Document type: Sale
Year: 1274
Scribe: [Unknown]
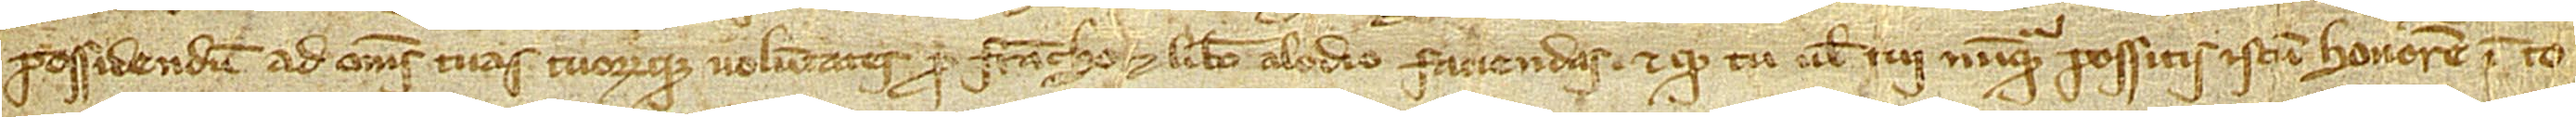
possidendum ad omnes tuas tuorumque voluntates pro francho et libero alodio faciendas, et quod tu vel tui nunquam possitis istum honorem in to-